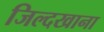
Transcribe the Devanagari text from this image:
जिल्दखाना